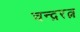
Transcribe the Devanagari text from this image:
चन्द्ररत्न